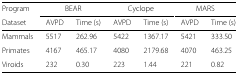
| Program | <COLSPAN=2> BEAR | <COLSPAN=2> Cyclope | <COLSPAN=2> MARS |
 | Dataset | AVPD | Time (s) | AVPD | Time (s) | AVPD | Time (s) |
 | --- | --- | --- | --- | --- | --- | --- |
 | Mammals | 5517 | 262.96 | 5422 | 1367.17 | 5421 | 333.50 |
 | Primates | 4167 | 465.17 | 4080 | 2179.68 | 4070 | 463.25 |
 | Viroids | 232 | 0.30 | 223 | 1.44 | 221 | 0.82 |